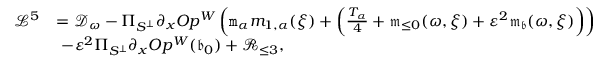
\begin{array} { r l } { \mathcal { L } ^ { 5 } } & { = \mathcal { D } _ { \omega } - \Pi _ { S ^ { \perp } } \partial _ { x } O p ^ { W } \left( \mathtt { m } _ { \alpha } m _ { 1 , \alpha } ( \xi ) + \left( \frac { T _ { \alpha } } 4 + \mathfrak { m } _ { \le 0 } ( \omega , \xi ) + \varepsilon ^ { 2 } \mathfrak { m } _ { \mathfrak { b } } ( \omega , \xi ) \right) \right) } \\ & { \ - \varepsilon ^ { 2 } \Pi _ { S ^ { \perp } } \partial _ { x } O p ^ { W } ( \mathfrak { b } _ { 0 } ) + \mathcal { R } _ { \le 3 } , } \end{array}